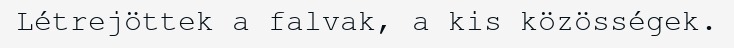
Létrejöttek a falvak, a kis közösségek.